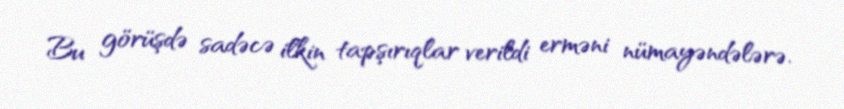
Bu görüşdə sadəcə ilkin tapşırıqlar verildi erməni nümayəndələrə.